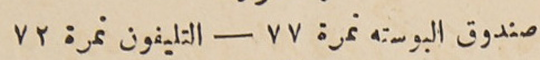
صندوق البوسته نمرة ٧٧ – التليفون نمرة ٧٢